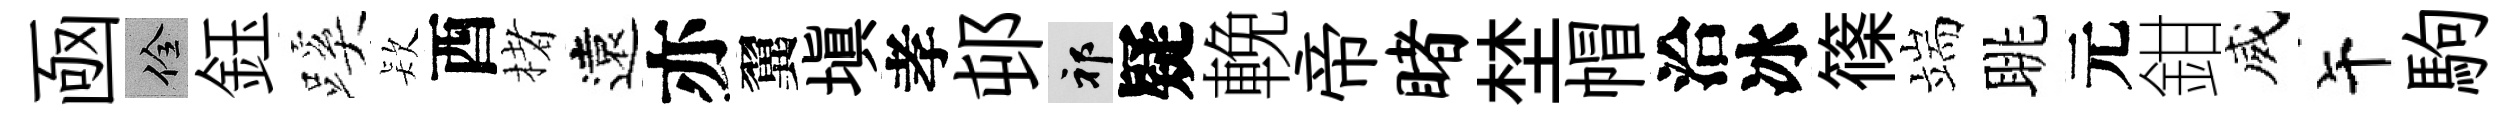
凾佺鈺蹊𣣇酉楮遠亦翼塡孝邨祁疑輓帝睹埜帽洽冰篠端眺元鉗威午駒